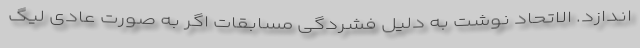
اندازد. الاتحاد نوشت به دلیل فشردگی مسابقات اگر به صورت عادی لیگ